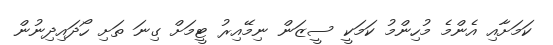
ކަމަށާއި އެންމެ މުހިންމު ކަމަކީ ސީޒަން ނިމޭއިރު ޓީމަށް ގިނަ ތަށި ހޯދައިދިނުން